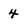
Character: 4